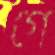
গে